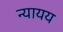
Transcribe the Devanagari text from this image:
न्यायय